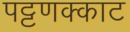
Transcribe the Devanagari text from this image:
पट्टणक्काट